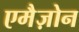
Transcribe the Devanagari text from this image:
एमैज़ोन